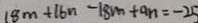
1 8 m + 1 6 n - 1 8 m + a n = - 2 5